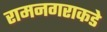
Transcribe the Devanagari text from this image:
रामनगराकडे